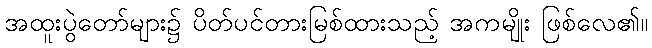
အထူးပွဲတော်များ၌ ပိတ်ပင်တားမြစ်ထားသည့် အကမျိုး ဖြစ်လေ၏။